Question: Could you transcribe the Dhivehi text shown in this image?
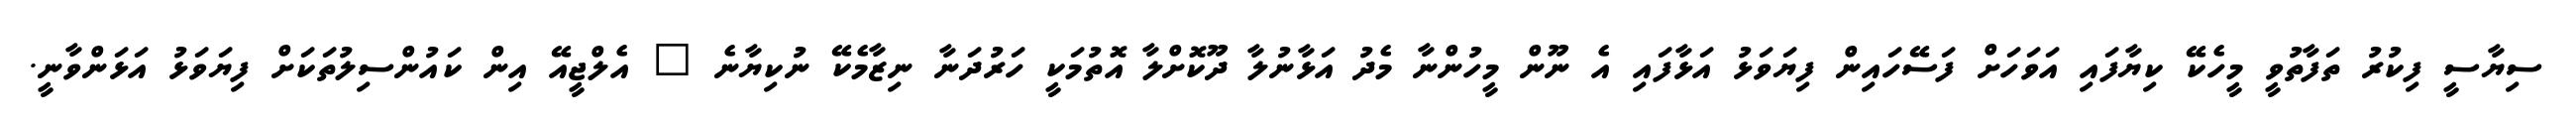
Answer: ސިޔާސީ ފިކުރު ތަފާތުވީ މީހެކޭ ކިޔާފައި އަވަހަށް ފަސޭހައިން ފިޔަވަޅު އަޅާފައި އެ ނޫން މީހުންނާ މެދު އަޅާނުލާ ދޫކޮށްލާ އޮތުމަކީ ހަރުދަނާ ނިޒާމެކޭ ނުކިޔާނެ " އެލްޖީއޭ އިން ކައުންސިލުތަކަށް ފިޔަވަޅު އަޅަންވާނީ.